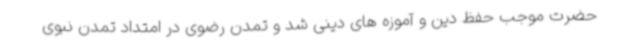
حضرت موجب حفظ دین و آموزه های دینی شد و تمدن رضوی در امتداد تمدن نبوی